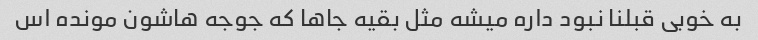
به خوبی قبلنا نبود داره میشه مثل بقیه جاها که جوجه هاشون مونده اس